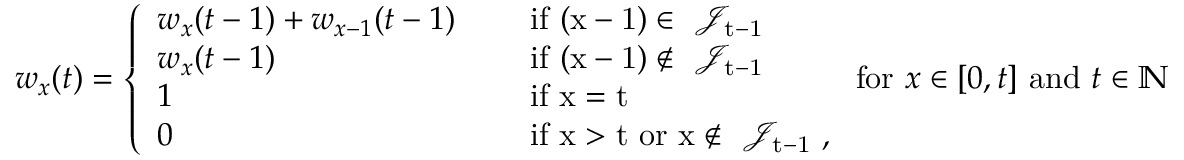
w _ { x } ( t ) = \left\{ \begin{array} { l l } { w _ { x } ( t - 1 ) + w _ { x - 1 } ( t - 1 ) \quad } & { \mathrm { ~ i f ~ ( x - 1 ) \in ~ \mathcal { J } _ { t - 1 } ~ } } \\ { w _ { x } ( t - 1 ) } & { \mathrm { ~ i f ~ ( x - 1 ) \notin ~ \mathcal { J } _ { t - 1 } ~ } } \\ { 1 } & { \mathrm { ~ i f ~ x = t ~ } } \\ { 0 } & { \mathrm { ~ i f ~ x > t ~ o r ~ x \notin ~ \mathcal { J } _ { t - 1 } ~ } , } \end{array} \right. \mathrm { f o r ~ } x \in [ 0 , t ] \mathrm { ~ a n d ~ } t \in \mathbb { N }